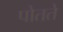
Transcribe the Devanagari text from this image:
पोतते